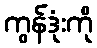
ကွန်ဒုံးကို